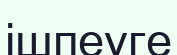
ішпеуге